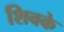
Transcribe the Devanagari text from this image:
शिवके